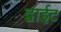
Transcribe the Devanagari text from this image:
द्वाईट